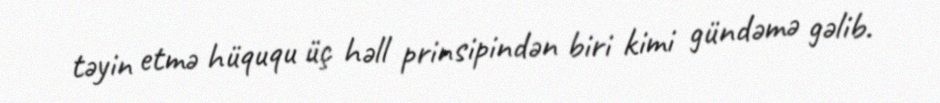
təyin etmə hüququ üç həll prinsipindən biri kimi gündəmə gəlib.